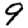
Digit: 9